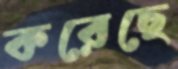
করেছে